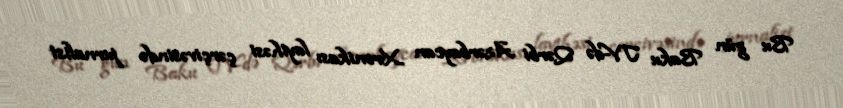
Bu gün Baku TV-də Qərbi Azərbaycan Xronikası layihəsi çərçivəsində jurnalist